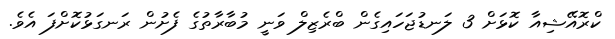
ކްރޮއޭޝިއާ ކޮޅަށް 3 ލަނޑުޖަހައިގެން ބްރެޒިލް ވަނީ މުބާރާތުގެ ފެށުން ރަނގަޅުކޮށްފަ އެވެ.